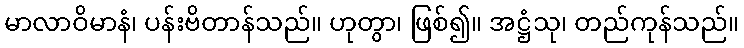
မာလာဝိမာနံ၊ ပန်းဗိတာန်သည်။ ဟုတွာ၊ ဖြစ်၍။ အဋ္ဌံသု၊ တည်ကုန်သည်။